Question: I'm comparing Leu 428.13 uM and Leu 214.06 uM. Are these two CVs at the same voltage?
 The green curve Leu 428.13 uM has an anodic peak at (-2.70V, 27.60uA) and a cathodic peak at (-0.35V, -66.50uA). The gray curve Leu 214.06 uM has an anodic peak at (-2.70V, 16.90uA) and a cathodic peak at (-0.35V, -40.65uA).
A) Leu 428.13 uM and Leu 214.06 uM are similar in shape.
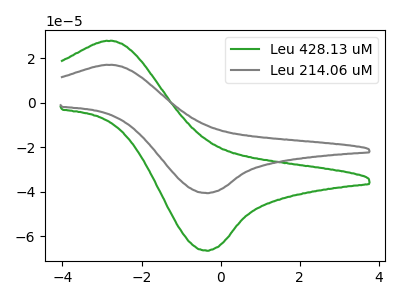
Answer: <think>All the peaks in "Leu 428.13 uM" have a peak in "Leu 214.06 uM" at the same potential. Every peak in "Leu 428.13 uM" is higher than every peak in "Leu 214.06 uM".
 </think>
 <answer>A) "Leu 428.13 uM" and "Leu 214.06 uM" are similar in shape.</answer>
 <eval>A</eval>